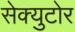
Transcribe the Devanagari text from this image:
सेक्युटोर